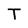
Character: T